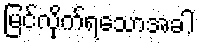
မြင်လိုက်ရသောအခါ